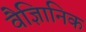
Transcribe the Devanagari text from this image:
वैज्ञिानिक